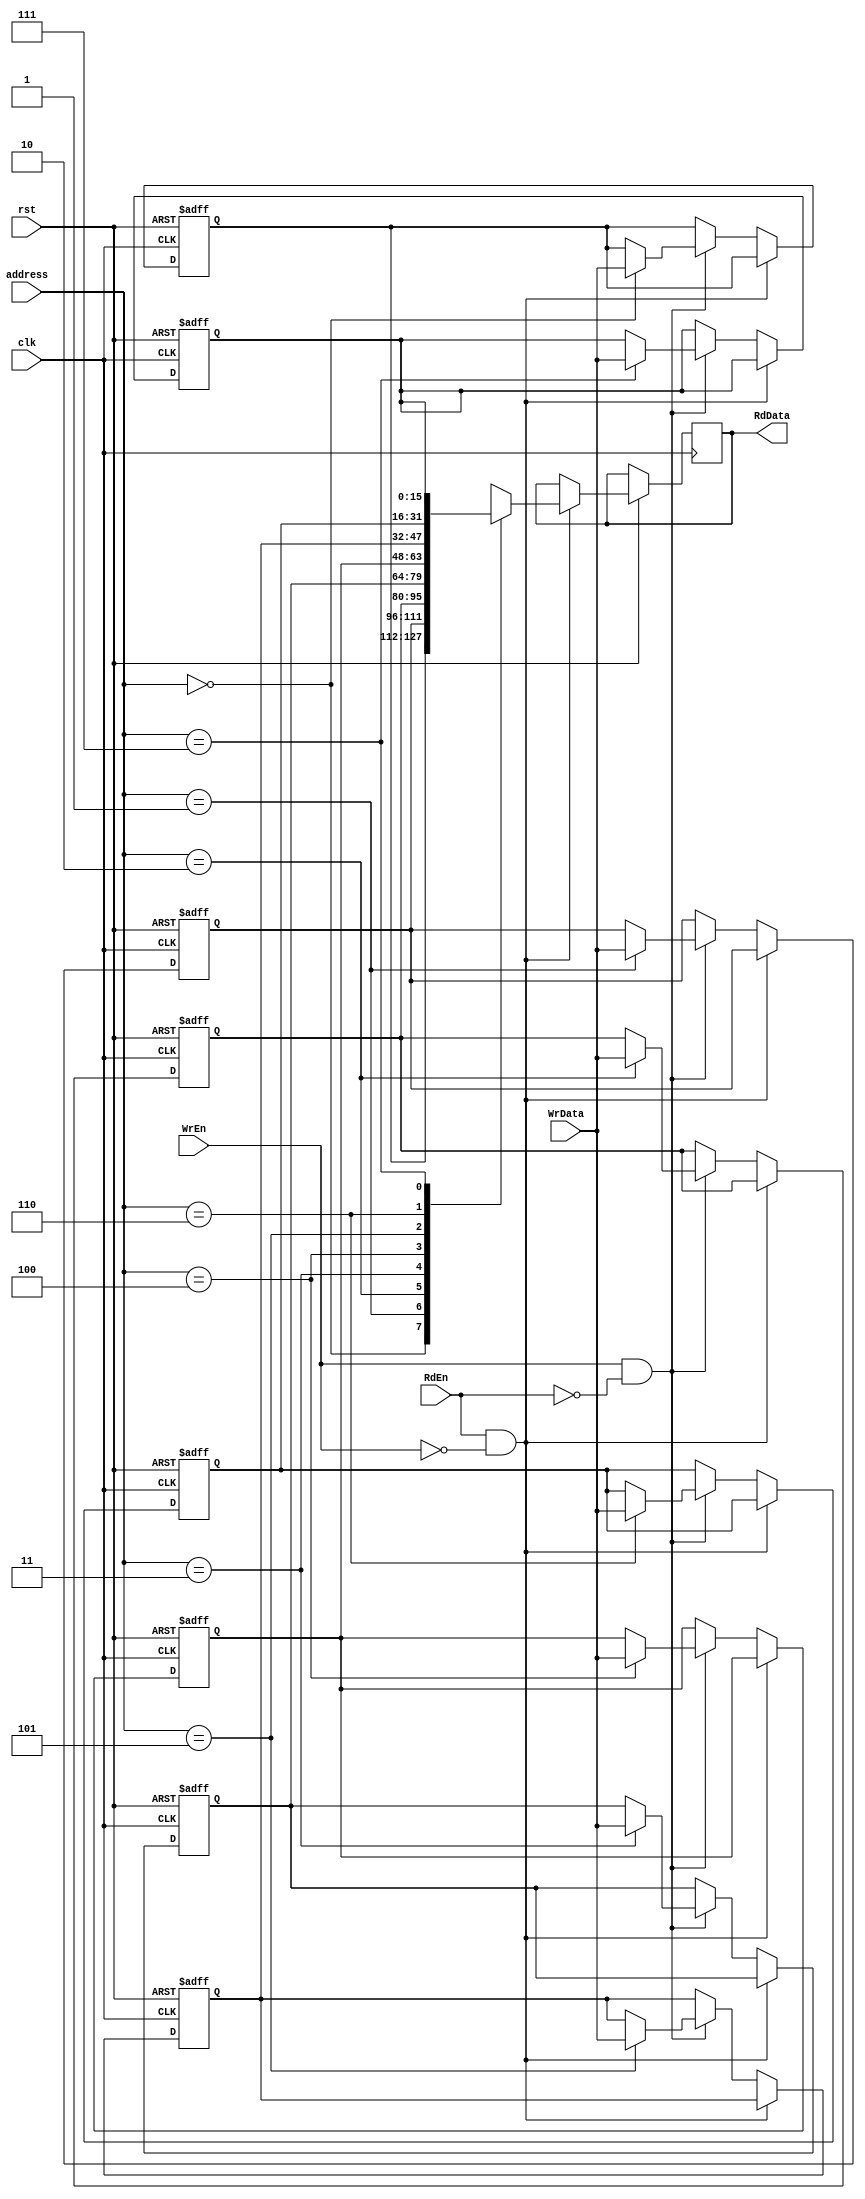
module RegFile (

    input wire clk,
    input wire rst,
    input wire [15:0] WrData,
    input wire [2:0] address,
    input wire WrEn,
    RdEn,
    output reg [15:0] RdData

);

  // 2D Array
  reg [15:0] Reg_File[7:0];  //  reg [15:0] memory [7:0]; 


  always @(posedge clk or negedge rst) begin
    if (!rst) begin
      Reg_File[0] <= 16'b0;
      Reg_File[1] <= 16'b0;
      Reg_File[2] <= 16'b0;
      Reg_File[3] <= 16'b0;
      Reg_File[4] <= 16'b0;
      Reg_File[5] <= 16'b0;
      Reg_File[6] <= 16'b0;
      Reg_File[7] <= 16'b0;

    end else begin
      if (RdEn && !WrEn) begin
        RdData <= Reg_File[address];
      end else if (WrEn && !RdEn) begin
        Reg_File[address] <= WrData;
      end
    end
  end

endmodule